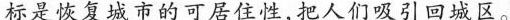
标是恢复城市的可居住性，把人们吸引回城区。